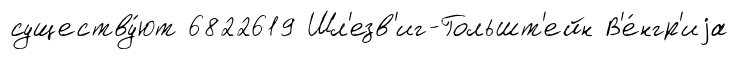
существу́ют 6822619 Шл'езв'иг-Гольшт'ейн В'е́нгр'иjа